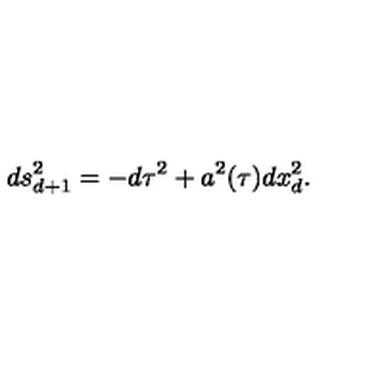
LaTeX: d s _ { d + 1 } ^ { 2 } = - d \tau ^ { 2 } + a ^ { 2 } ( \tau ) d x _ { d } ^ { 2 } .